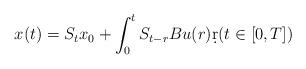
LaTeX: \begin{align*}x(t)=S_{t}x_{0}+\int_{0}^{t} S_{t-r}Bu(r)\d r(t\in[0,T])\end{align*}